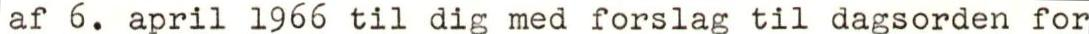
af 6. april 1966 til dig med forslag til dagsorden for